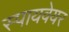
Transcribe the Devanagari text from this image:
स्पायवेयर